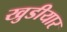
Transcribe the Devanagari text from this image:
खुडीयार